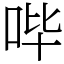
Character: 哔